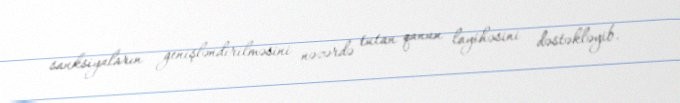
sanksiyaların genişləndirilməsini nəzərdə tutan qanun layihəsini dəstəkləyib.